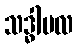
သဒ္ဓါဗလ